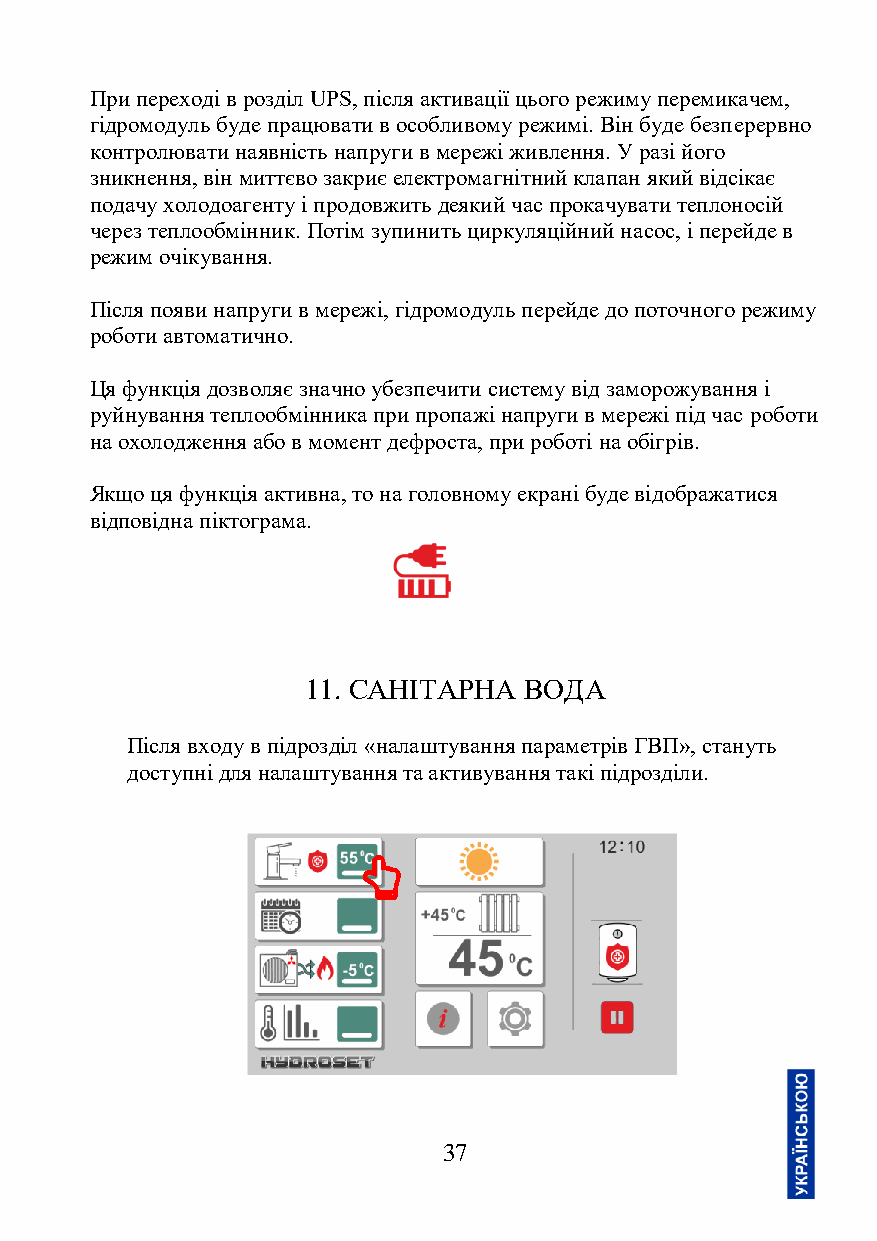
При переході в розділ UPS, після активації цього режиму перемикачем,
 гідромодуль буде працювати в особливому режимі. Він буде безперервно
 контролювати наявність напруги в мережі живлення. У разі його
 зникнення, він миттєво закриє електромагнітний клапан який відсікає
 подачу холодоагенту і продовжить деякий час прокачувати теплоносій
 через теплообмінник. Потім зупинить циркуляційний насос, і перейде в
 режим очікування.
 Після появи напруги в мережі, гідромодуль перейде до поточного режиму
 роботи автоматично.
 Ця функція дозволяє значно убезпечити систему від заморожування і
 руйнування теплообмінника при пропажі напруги в мережі під час роботи
 на охолодження або в момент дефроста, при роботі на обігрів.
 Якщо ця функція активна, то на головному екрані буде відображатися
 відповідна піктограма.
 11. САНІТАРНА  ВОДА
 Після входу в підрозділ «налаштування параметрів ГВП», стануть
 доступні для налаштування та активування такі підрозділи.
 37